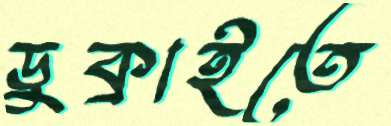
ডুক্‌রাইতে